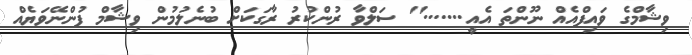
ވިޝާމްގެ ވައިފްއެއް ނޫންތަ އެއީ......." ސަލްވާ ރުންކުރު ރާގަކަށް ބުނެލުމުން ވިޝާމް ފުންނޭވަޔެއް